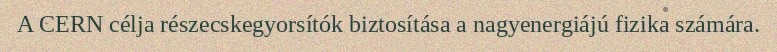
A CERN célja részecskegyorsítók biztosítása a nagyenergiájú fizika számára.